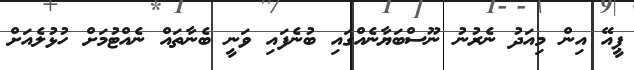
ޕީއޭ އިން މިއަދު ނެރުނު ނޫސްބަޔާނެއްގައި ބުނެފައި ވަނީ ބެނާތައް ނެއްޓުމަށް ހުޅުލެއަށް